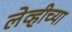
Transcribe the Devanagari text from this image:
लेव्हीच्या